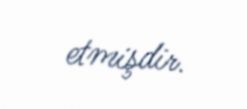
etmişdir.